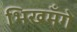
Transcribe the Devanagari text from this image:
भिखमँगे